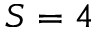
S = 4